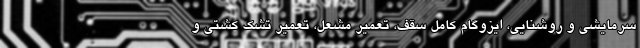
سرمایشی و روشنایی، ایزوگام کامل سقف، تعمیر مشعل، تعمیر تشک کشتی و